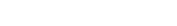
٢٢